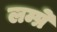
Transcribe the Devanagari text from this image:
लम्प्रे